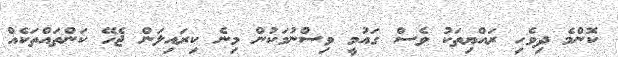
ކޮންމެ ދިވެހި ރައްޔިތަކު ވެސް ގައުމީ ވިސްނުމަކުން މިނެ ކިރައިލަން ޖެހޭ ކަންތައްތަކެއް